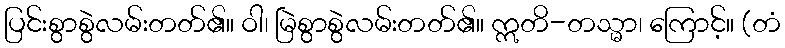
ပြင်းစွာစွဲလမ်းတတ်၏။ ဝါ၊ မြဲစွာစွဲလမ်းတတ်၏။ ဣတိ-တသ္မာ၊ ကြောင့်။ (တံ